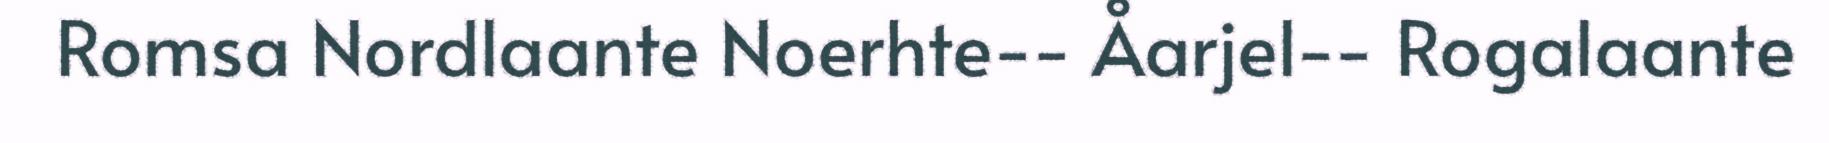
Romsa Nordlaante Noerhte-‐ Åarjel-‐ Rogalaante